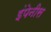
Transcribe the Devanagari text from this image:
इंपेनीस